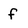
Character: f